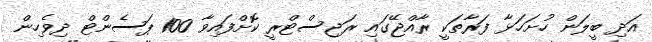
އަދި ބީލަން ހުށަހަޅާ ފަރާތަކީ ރާއްޖޭގައި ރަޖިސްޓްރީ ކޮށްފައިވާ 100 ޕަސެންޓް ދިވެހިން